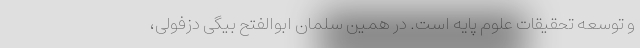
و توسعه تحقیقات علوم پایه است. در همین سلمان ابوالفتح بیگی دزفولی،